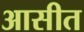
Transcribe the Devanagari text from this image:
आसीत